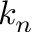
k _ { n }